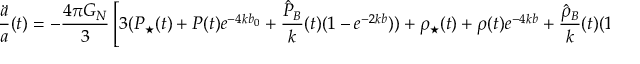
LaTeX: \frac { \ddot { a } } { a } ( t ) = - \frac { 4 \pi G _ { N } } { 3 } \left[ 3 ( P _ { \star } ( t ) + P ( t ) e ^ { - 4 k b _ { 0 } } + \frac { \hat { P } _ { B } } { k } ( t ) ( 1 - e ^ { - 2 k b } ) ) + \rho _ { \star } ( t ) + \rho ( t ) e ^ { - 4 k b } + \frac { \hat { \rho } _ { B } } { k } ( t ) ( 1 - e ^ { - 2 k b _ { 0 } } ) \right] .